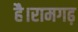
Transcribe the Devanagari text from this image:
है।रामगढ़